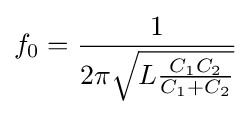
f_{0}={\frac {1}{2\pi {\sqrt {L{\frac {C_{1}C_{2}}{C_{1}+C_{2}}}}}}}